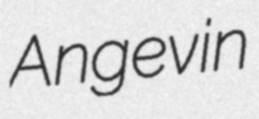
Angevin